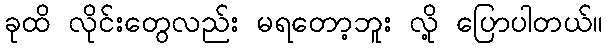
ခုထိ လိုင်းတွေလည်း မရတော့ဘူး လို့ ပြောပါတယ်။